Indian journal of veterinary science and animal husbandry - Volume 10,
Year: 1940
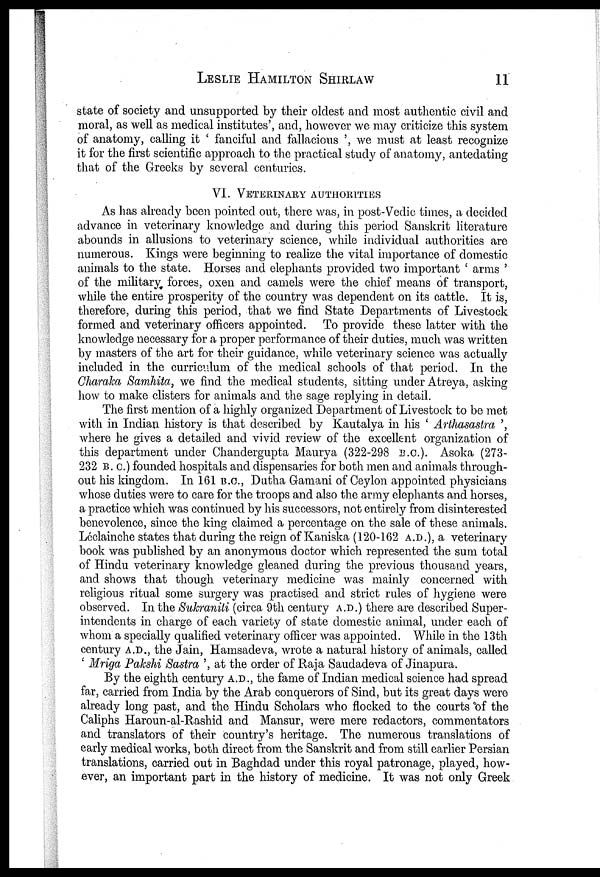
LESLIE HAMILTON SHIRLAW 11
state of society and unsupported by their oldest and most authentic civil and
moral, as well as medical institutes', and, however we may criticize this system
of anatomy, calling it ' fanciful and fallacious ', we must at least recognize
it for the first scientific approach to the practical study of anatomy, antedating
that of the Greeks by several centuries.
VI. VETERINARY AUTHORITIES
As has already been pointed out, there was, in post-Vedic times, a decided
advance in veterinary knowledge and during this period Sanskrit literature
abounds in allusions to veterinary science, while individual authorities are
numerous. Kings were beginning to realize the vital importance of domestic
animals to the state. Horses and elephants provided two important ' arms '
of the military forces, oxen and camels were the chief means of transport,
while the entire prosperity of the country was dependent on its cattle. It is,
therefore, during this period, that we find State Departments of Livestock
formed and veterinary officers appointed. To provide these latter with the
knowledge necessary for a proper performance of their duties, much was written
by masters of the art for their guidance, while veterinary science was actually
included in the curriculum of the medical schools of that period. In the
Charaka Samhita, we find the medical students, sitting under Atreya, asking
how to make clisters for animals and the sage replying in detail.
The first mention of a highly organized Department of Livestock to be met
with in Indian history is that described by Kautalya in his ' Arthasastra ',
where he gives a detailed and vivid review of the excellent organization of
this department under Chandergupta Maurya (322-298 B.C.). Asoka (273-
232 B. C.) founded hospitals and dispensaries for both men and animals through-
out his kingdom. In 161 B.C., Dutha Gamani of Ceylon appointed physicians
whose duties were to care for the troops and also the army elephants and horses,
a practice which was continued by his successors, not entirely from disinterested
benevolence, since the king claimed a percentage on the sale of these animals.
Léclainche states that during the reign of Kaniska (120-162 A.D.), a veterinary
book was published by an anonymous doctor which represented the sum total
of Hindu veterinary knowledge gleaned during the previous thousand years,
and shows that though veterinary medicine was mainly concerned with
religious ritual some surgery was practised and strict rules of hygiene were
observed. In the Sukraniti (circa 9th century A.D.) there are described Super-
intendents in charge of each variety of state domestic animal, under each of
whom a specially qualified veterinary officer was appointed. While in the 13th
century A.D., the Jain, Hamsadeva, wrote a natural history of animals, called
' Mriga Pakshi Sastra ', at the order of Raja Saudadeva of Jinapura.
By the eighth century A.D., the fame of Indian medical science had spread
far, carried from India by the Arab conquerors of Sind, but its great days were
already long past, and the Hindu Scholars who flocked to the courts of the
Caliphs Haroun-al-Rashid and Mansur, were mere redactors, commentators
and translators of their country's heritage. The numerous translations of
early medical works, both direct from the Sanskrit and from still earlier Persian
translations, carried out in Baghdad under this royal patronage, played, how-
ever, an important part in the history of medicine. It was not only Greek